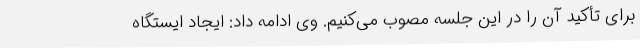
برای تأکید آن را در این جلسه مصوب می‌کنیم. وی ادامه داد: ایجاد ایستگاه